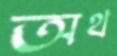
অথ